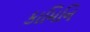
કામિનિ